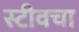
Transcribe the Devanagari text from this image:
स्टीवचा